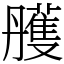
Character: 雘